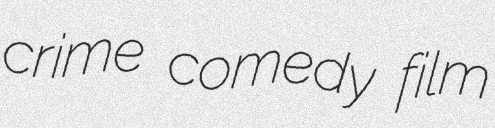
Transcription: crime comedy film